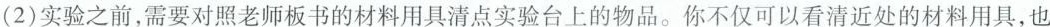
(2)实验之前，需要对照老师板书的材料用具清点实验台上的物品。你不仅可以看清近处的材料用具，也